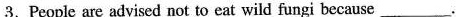
3.People are advised not to eat wild fungi because ___.